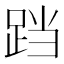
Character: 𮛗